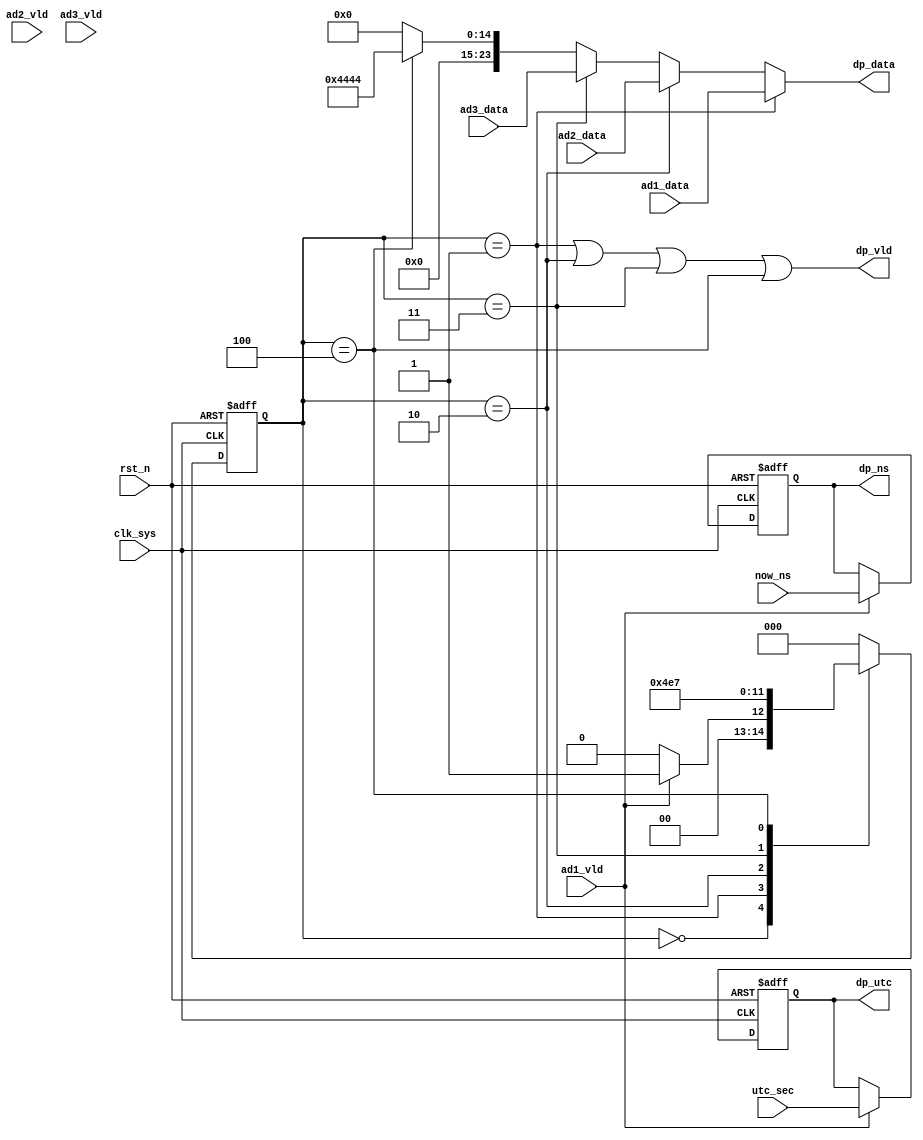
//dsp_p1.v

module dsp_p1(
//data path in
ad1_data,
ad1_vld,
ad2_data,
ad2_vld,
ad3_data,
ad3_vld,
//data path output
dp_data,
dp_vld,
dp_utc,
dp_ns,
//clk rst
utc_sec,
now_ns,
clk_sys,
rst_n
);
//data path in
input [23:0]	ad1_data;
input					ad1_vld;
input [23:0]	ad2_data;
input					ad2_vld;
input [23:0]	ad3_data;
input					ad3_vld;
//data path output
output [23:0]	dp_data;
output				dp_vld;
output [31:0]	dp_utc;
output [31:0]	dp_ns;
//clk rst
input [31:0]	utc_sec;
input [31:0]	now_ns;
input clk_sys;
input rst_n;
//--------------------------------
//--------------------------------


//-------- lock time ------
reg [31:0]	lock_utc;
reg [31:0]	lock_ns;
always @(posedge clk_sys or negedge rst_n)	begin
	if(~rst_n)	begin
		lock_utc <= 32'h0;
		lock_ns <= 32'h0;
	end
	else if(ad1_vld) begin
		lock_utc <= utc_sec;
		lock_ns <= now_ns;
	end
end


//----------- main FSM --------
parameter S_IDLE = 3'h0;
parameter S_P1 = 3'h1;
parameter S_P2 = 3'h2;
parameter S_P3 = 3'h3;
parameter S_P4 = 3'h4;
parameter S_DONE = 3'h7;
reg [2:0] st_dsp_p1;
always @ (posedge clk_sys or negedge rst_n)	begin
	if(~rst_n)
		st_dsp_p1 <= S_IDLE;
	else begin
		case(st_dsp_p1)
			S_IDLE : st_dsp_p1 <= ad1_vld ? S_P1 : S_IDLE;
			S_P1 : st_dsp_p1 <= S_P2;
			S_P2 : st_dsp_p1 <= S_P3;
			S_P3 : st_dsp_p1 <= S_P4;
			S_P4 : st_dsp_p1 <= S_DONE;
			S_DONE : st_dsp_p1 <= S_IDLE;
			default : st_dsp_p1 <= S_IDLE;
		endcase
	end
end


//-------- data push ---------
wire [23:0] dp_data;
wire 				dp_vld;
wire [31:0]	dp_utc;
wire [31:0]	dp_ns;
assign dp_data = 	(st_dsp_p1 == S_P1) ? ad1_data : 
									(st_dsp_p1 == S_P2) ? ad2_data : 
									(st_dsp_p1 == S_P3) ? ad3_data : 
									(st_dsp_p1 == S_P4) ? 24'h4444 : 24'h0;
assign dp_vld = (st_dsp_p1 == S_P1) | (st_dsp_p1 == S_P2) | 
								(st_dsp_p1 == S_P3) | (st_dsp_p1 == S_P4);
assign dp_utc = lock_utc;
assign dp_ns  = lock_ns;


endmodule